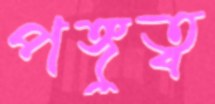
পঙ্গুত্ব